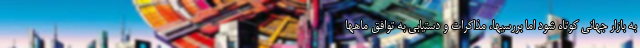
به بازار جهانی کوتاه شود اما بررسیها، مذاکرات و دستیابی به توافق ماهها